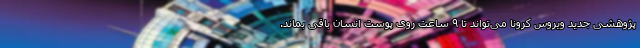
پژوهشی جدید ویروس کرونا می‌تواند تا ۹ ساعت روی پوست انسان باقی بماند.